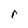
Character: r